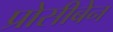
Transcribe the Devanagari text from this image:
प्रोसीबेन